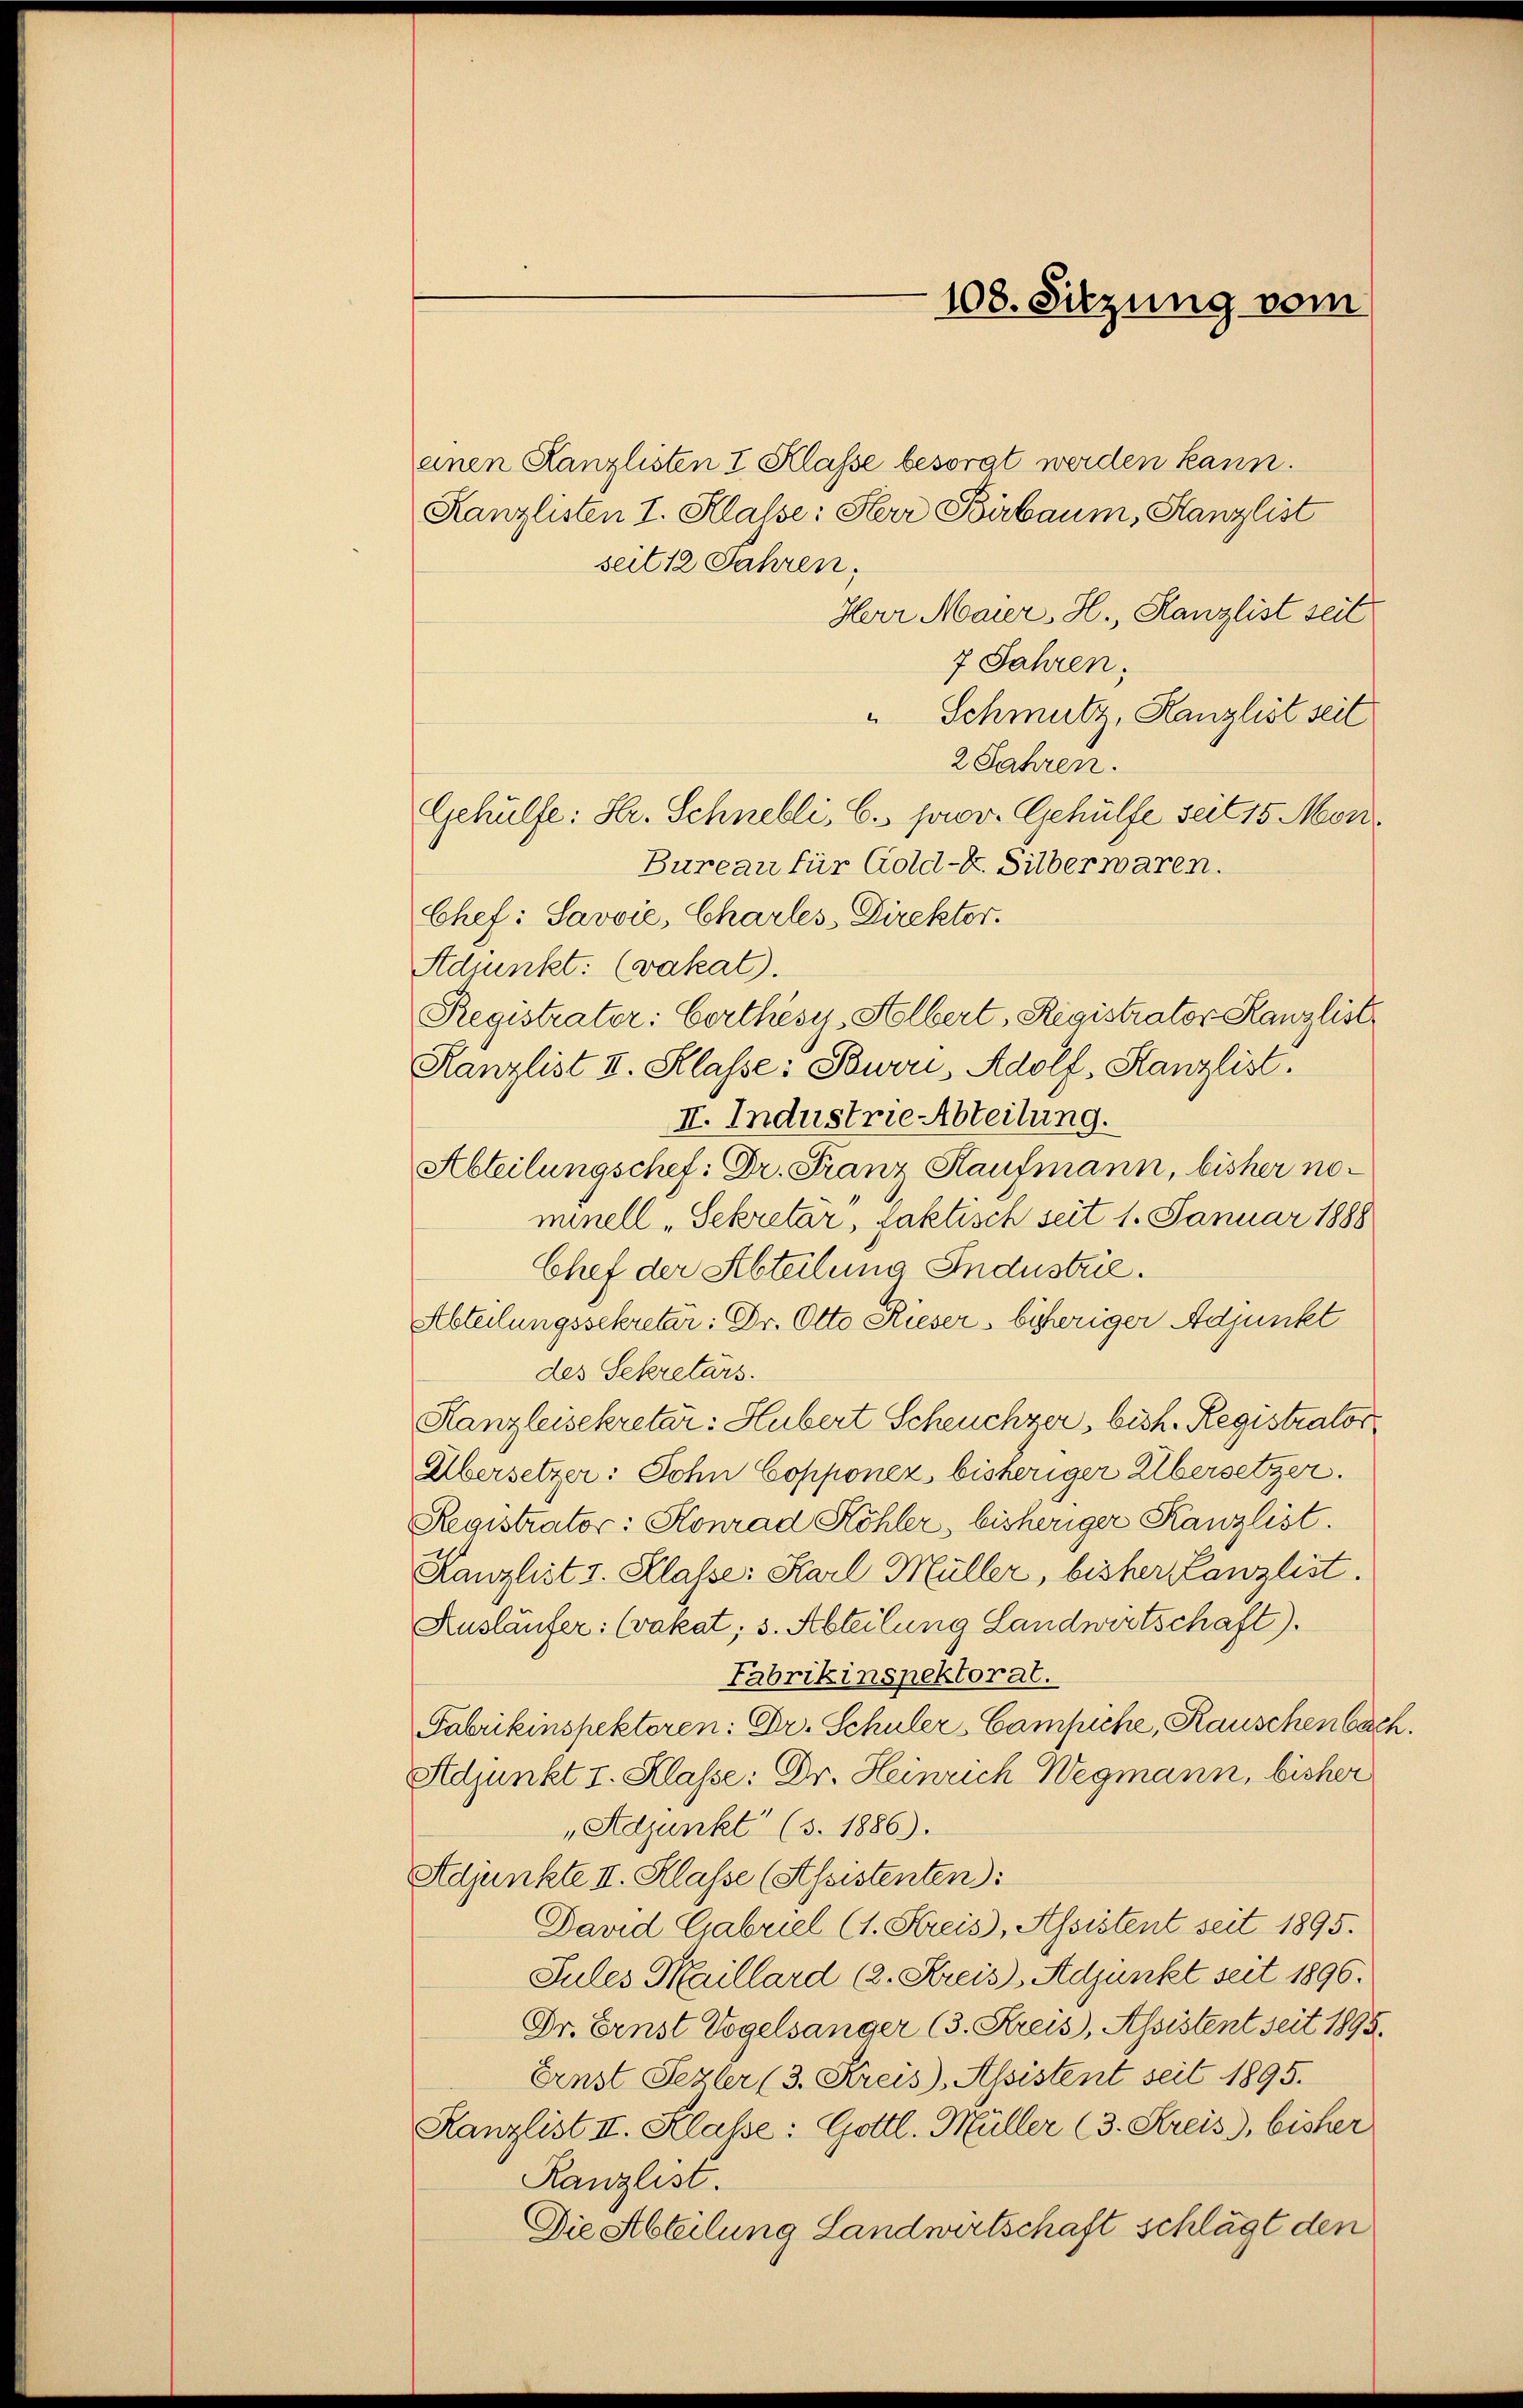
108. Sitzung vom

einen Kanzlisten I Klasse besorgt werden kann.
Kanzlisten I. Klasse: Herr Birbaum, Kanzlist
seit 12 Jahren,
Herr Maier, H., Kanzlist seit
7 Jahren.
Schmutz, Kanzlist seit
2 Jahren.
Gehülfe: Hr. Schnebli, C. prov. Gehülfe seit 15 Mon¬
Bureau für Gold-k. Silber waren.
Chef: Savvie, Charles, Direktor.
Adjunkt: (vakat).
Registrater: Certhesy, Holbert, Registrator Kanzlist
Kanzlist II. Klasse: Burri, Adolf, Kanzlist.
I. Industrie Abteilung.
Abteilungschef. Dr. Franz Kaufmann, bisher nominell „Sekretär, faktisch seit 1. Januar 1888
Chef der Abteilung Industrie.
Abteilungssekretär: Dr. Otto Rieser bisheriger Adjunkt
des Sekretärs.
Kanzleisekretär: Hubert Scheuchzer, bist. Registrator
Übersetzer: John Copponez bisheriger Albersetzer.
Registrator: Konrad Köhler, bisheriger Kanzlist.
Kanzlist v. Klasse: Karl Müller, bisher Kanzlist.
Ausläufer: (vakat; s. Abteilung Landwirtschaft).
Fabrikinspektorat.
Fabrikinspektoren: Dr. Schuler, Campiche, Rauschenbach.
Adjunkt I. Klasse: Dr. Heinrich Wegmann, bisher
„Adjunkt (3. 1886).
Adjunkte II. Klasse (Assistenten):
David Gabriel (1. Kreis, Assistent seit 1895.
Jules Maillard (2. Kreis, Adjunkt seit 1890.
Dr. Ernst Vogelsanger (3. Kreis, Assistent seit 1895.
Ernst Sezler (3. Kreis, Assistent seit 1895.
Kanzlist II. Klasse: Gottl. Müller (3. Streis), bisher
Kanzlist.
Die Abteilung Landwirtschaft schlägt den